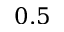
0 . 5